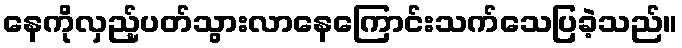
နေကိုလှည့်ပတ်သွားလာနေကြောင်းသက်သေပြခဲ့သည်။